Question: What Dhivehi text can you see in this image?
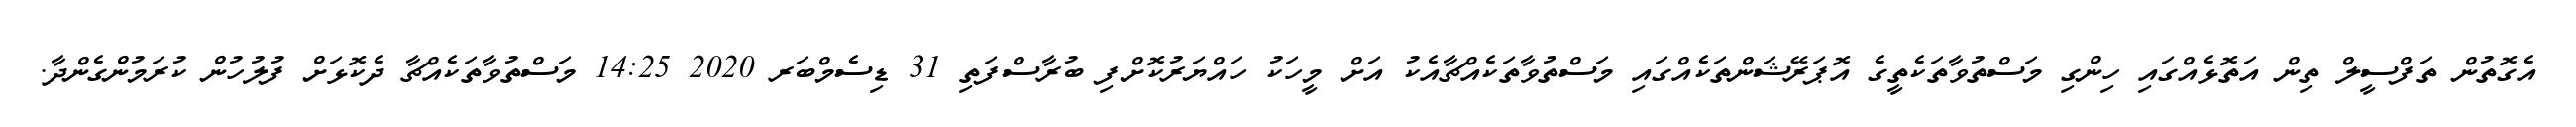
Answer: އެގޮތުން ތަފްސީލް ތިން އަތޮޅެއްގައި ހިންގި މަސްތުވާތަކެތީގެ އޮޕަރޭޝަންތަކެއްގައި މަސްތުވާތަކެއްޗާއެކު އަށް މީހަކު ހައްޔަރުކޮށްފި ބުރާސްފަތި 31 ޑިސެމްބަރ 2020 14:25 މަސްތުވާތަކެއްޗާ ދެކޮޅަށް ފުލުހުން ކުރަމުންގެންދާ.